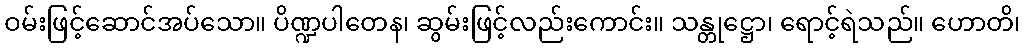
ဝမ်းဖြင့်ဆောင်အပ်သော။ ပိဏ္ဍပါတေန၊ ဆွမ်းဖြင့်လည်းကောင်း။ သန္တုဋ္ဌော၊ ရောင့်ရဲသည်။ ဟောတိ၊